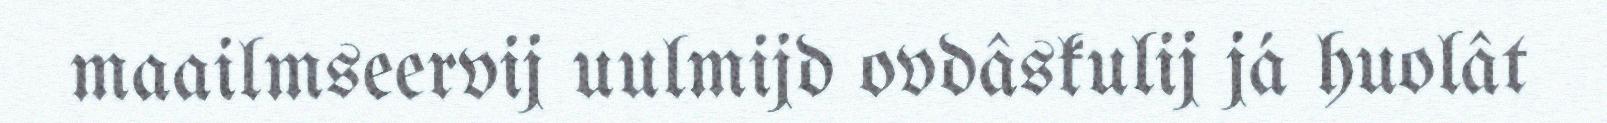
maailmseervij uulmijd ovdâskulij já huolât